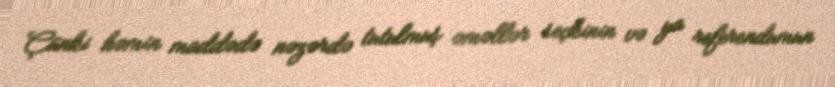
Çünki həmin maddədə nəzərdə tutulmuş əməllər seçkinin və ya referendumun